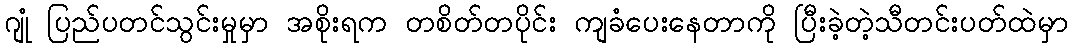
ဂျုံ ပြည်ပတင်သွင်းမှုမှာ အစိုးရက တစိတ်တပိုင်း ကျခံပေးနေတာကို ပြီးခဲ့တဲ့သီတင်းပတ်ထဲမှာ